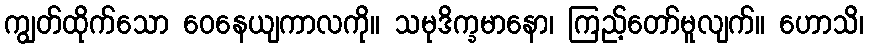
ကျွတ်ထိုက်သော ဝေနေယျကာလကို။ သမုဒိက္ခမာနော၊ ကြည့်တော်မူလျက်။ ဟောသိ၊